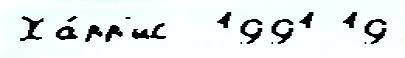
Ха́рр'ис  1991 19